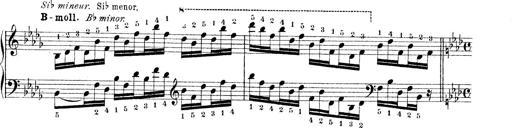
Title: Technische Studien
Composer: Franz Liszt